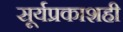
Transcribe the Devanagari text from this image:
सूर्यप्रकाशही